Vaccination in Bombay 1924-1928 - 1924-1928
Year: 1924
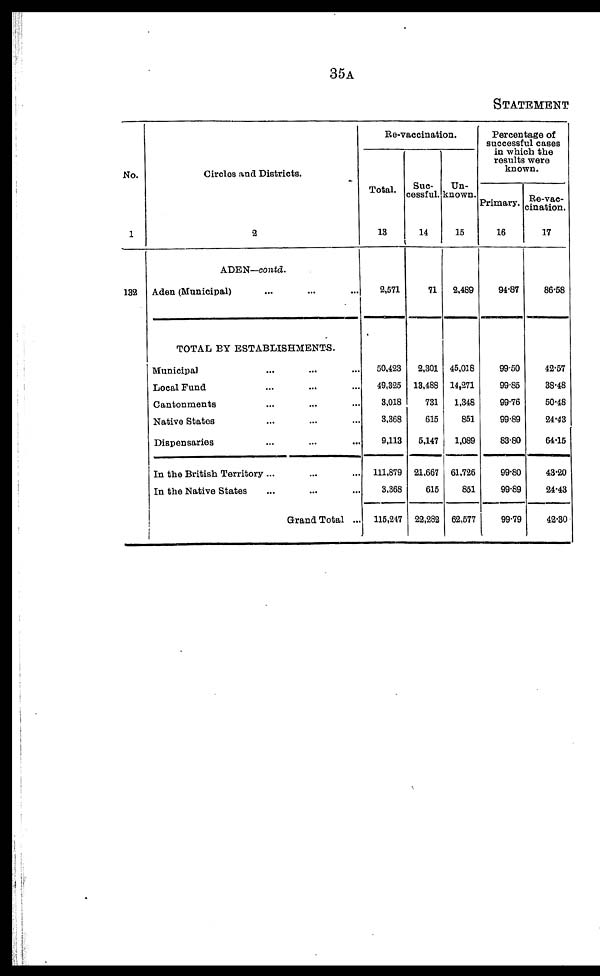
35A
STATEMENT
No.
1
132
Circles and Districts.
2
ADEN—contd.
Aden (Municipal) ... ... ...
TOTAL BY ESTABLISHMENTS.
Municipal ... ... ...
Local Fund ... ... ...
Cantonments ... ... ...
Native States ... ... ...
Dispensaries ... ... ...
In the British Territory ... ... ...
In the Native States ... ... ...
Grand Total ...
Re-vaccination.
Total.
13
2,571
50,423
49,325
3,018
3,368
9,113
111,879
3,368
115,247
Suc-
cessful.
14
71
2,301
13,488
731
615
5,147
21,667
615
22,282
Un-
known.
15
2,488
45,018
14,271
1,348
851
1,089
61,726
851
62,577
Percentage of
successful cases
in which the
results were
known.
Primary.
16
94.87
99.50
99.85
99.76
99.89
83.80
99.80
99.89
99.79
Re-vac-
cination.
17
86.58
42.57
38.48
50.48
24.43
64.15
43.20
24.43
42.30